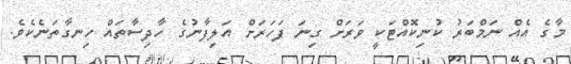
މާގެ އެއް ނަމްބަރު ކުނިކޮއްޓަކީ ވަރަށް ގިނަ ފަހަރަށް އަލިފާނުގެ ހާދިސާތައް ހިނގާތަނެކެވެ.